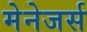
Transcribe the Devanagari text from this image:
मेनेजर्स